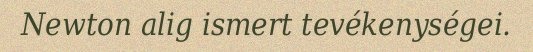
Newton alig ismert tevékenységei.